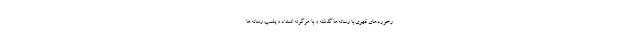
رخوردهای قهری با رسانه‌ها گذشته و با هرگونه انسداد و پلمب رسانه‌ها